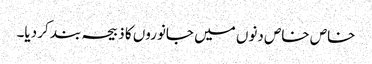
خاص خاص دنوں میں جانوروں کا ذبیحہ بند کر دیا۔